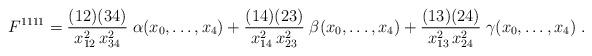
LaTeX: \begin{align*} F^{1111} = \frac{(12)(34)}{x^2_{12}\, x^2_{34}}\; \alpha(x_0,\ldots,x_4) + \frac{(14)(23)}{x^2_{14}\, x^2_{23}}\; \beta(x_0,\ldots,x_4) + \frac{(13)(24)}{x^2_{13}\, x^2_{24}}\; \gamma(x_0,\ldots,x_4) \;.\end{align*}